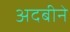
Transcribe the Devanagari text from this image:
अदबीने